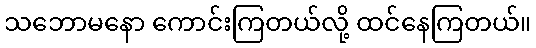
သဘောမနော ကောင်းကြတယ်လို့ ထင်နေကြတယ်။